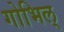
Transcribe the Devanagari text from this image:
गोभिल्